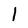
Character: 1